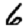
Digit: 6